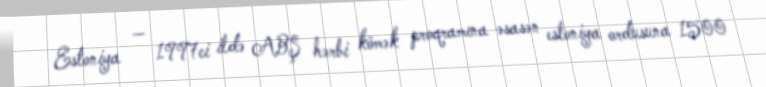
Estoniya — 1997ci ildə ABŞ hərbi kömək proqramına əsasən estoniya ordusuna 1500